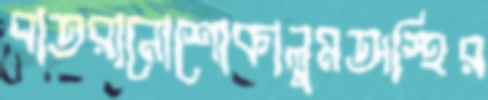
বাতরানোশোকালুমঅস্হির